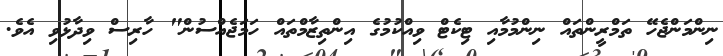
ނިންމަންޖެހޭ ތަމްރީންތައް ނިންމުމާއި ޓިކެޓް ވިއްކުމުގެ އިންތިޒާމްތައް ހަމަޖެއްސުން" ހާރިސް ވިދާޅުވި އެވެ.